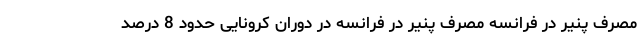
مصرف پنیر در فرانسه مصرف پنیر در فرانسه در دوران کرونایی حدود 8 درصد